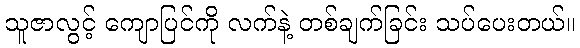
သူဇာလွင့် ကျောပြင်ကို လက်နဲ့ တစ်ချက်ခြင်း သပ်ပေးတယ်။